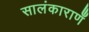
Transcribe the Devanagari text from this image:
सालंकाराणँ